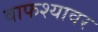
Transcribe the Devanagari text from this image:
वाफश्यावर